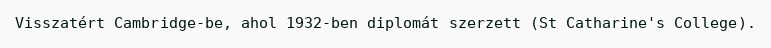
Visszatért Cambridge-be, ahol 1932-ben diplomát szerzett (St Catharine's College).